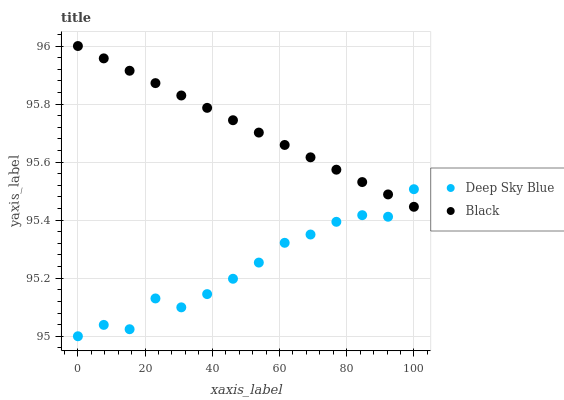
| xaxis_label | Deep Sky Blue | Black |
 | --- | --- | --- |
 | 0 | 95 | 96 |
 | 7.69 | 95 | 96 |
 | 15.4 | 95 | 95.9 |
 | 23.1 | 95.1 | 95.9 |
 | 30.8 | 95.1 | 95.8 |
 | 38.5 | 95.1 | 95.8 |
 | 46.2 | 95.2 | 95.7 |
 | 53.8 | 95.3 | 95.7 |
 | 61.5 | 95.3 | 95.7 |
 | 69.2 | 95.4 | 95.6 |
 | 76.9 | 95.4 | 95.6 |
 | 84.6 | 95.4 | 95.5 |
 | 92.3 | 95.4 | 95.5 |
 | 100 | 95.5 | 95.4 |